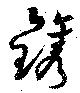
鎸